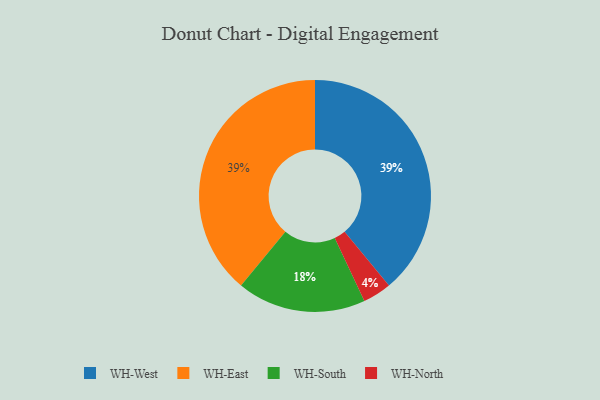
{"axis": {"x": "Category", "y": "Percentage"}, "legend": ["WH-East", "WH-North", "WH-South", "WH-West"], "data": [{"x": "WH-North", "y": 4, "type": "WH-North"}, {"x": "WH-West", "y": 39, "type": "WH-West"}, {"x": "WH-South", "y": 18, "type": "WH-South"}, {"x": "WH-East", "y": 39, "type": "WH-East"}]}